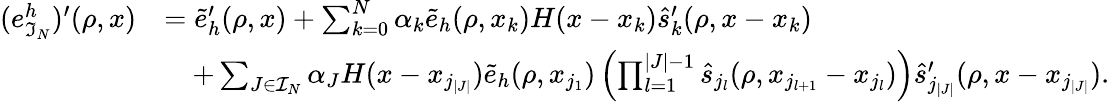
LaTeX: \begin{array}{rl}{(e_{\mathfrak{I}_{N}}^{h})^{\prime}(\rho,x)}&{=\widetilde{e}_{h}^{\prime}(\rho,x)+\sum_{k=0}^{N}\alpha_{k}\widetilde{e}_{h}(\rho,x_{k})H(x-x_{k})\widehat{s}_{k}^{\prime}(\rho,x-x_{k})}\\ &{\quad+\sum_{J\in\mathcal{I}_{N}}\alpha_{J}H(x-x_{j_{|J|}})\widetilde{e}_{h}(\rho,x_{j_{1}})\left(\prod_{l=1}^{|J|-1}\widehat{s}_{j_{l}}(\rho,x_{j_{l+1}}-x_{j_{l}})\right)\widehat{s}_{j_{|J|}}^{\prime}(\rho,x-x_{j_{|J|}}).}\end{array}